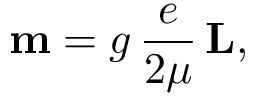
\mathbf { m } = g \, { \frac { e } { 2 \mu } } \, \mathbf { L } ,